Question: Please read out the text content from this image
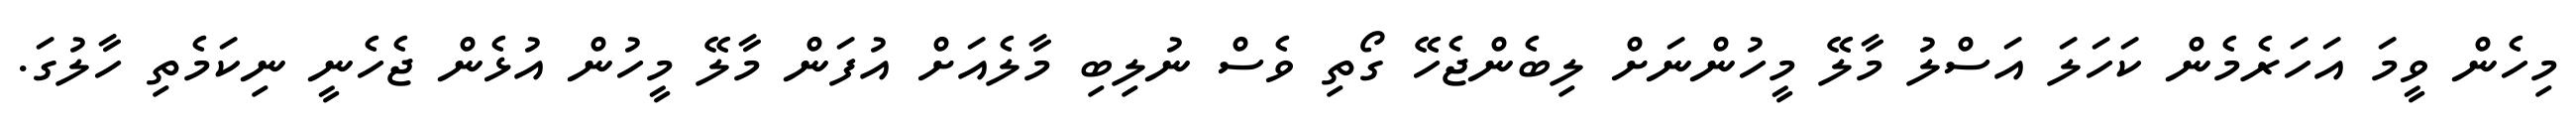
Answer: މިހެން ވީމަ އަހަރެމެން ކަހަލަ އަސްލު މާލޭ މީހުންނަށް ލިބެންޖެހޭ ގޯތި ވެސް ނުލިބި މާލެއަށް އުފަން މާލޭ މީހުން އުޅެން ޖެހެނީ ނިކަމެތި ހާލުގަ.